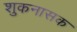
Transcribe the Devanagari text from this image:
शुकनासक